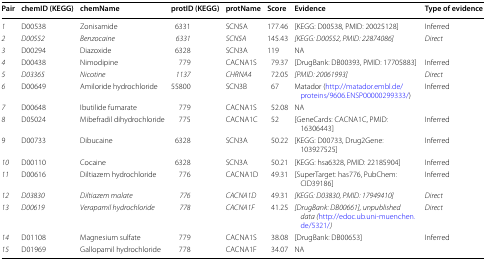
<table><thead><tr><td><b>Pair</b></td><td><b>chemID (KEGG)</b></td><td><b>chemName</b></td><td><b>protID (KEGG)</b></td><td><b>protName</b></td><td><b>Score</b></td><td><b>Evidence</b></td><td><b>Type of evidence</b></td></tr></thead><tbody><tr><td><i>1</i></td><td>D00538</td><td>Zonisamide</td><td>6331</td><td>SCN5A</td><td>177.46</td><td>[KEGG: D00538, PMID: 20025128]</td><td>Inferred</td></tr><tr><td><i>2</i></td><td><i>D00552</i></td><td><i>Benzocaine</i></td><td><i>6331</i></td><td><i>SCN5A</i></td><td>145.43</td><td><i>[KEGG: D00552, PMID: 22874086]</i></td><td><i>Direct</i></td></tr><tr><td><i>3</i></td><td>D00294</td><td>Diazoxide</td><td>6328</td><td>SCN3A</td><td>119</td><td>NA</td><td></td></tr><tr><td><i>4</i></td><td>D00438</td><td>Nimodipine</td><td>779</td><td>CACNA1S</td><td>79.37</td><td>[DrugBank: DB00393, PMID: 17705883]</td><td>Inferred</td></tr><tr><td><i>5</i></td><td><i>D03365</i></td><td><i>Nicotine</i></td><td><i>1137</i></td><td><i>CHRNA4</i></td><td>72.05</td><td><i>[PMID: 20061993]</i></td><td><i>Direct</i></td></tr><tr><td><i>6</i></td><td>D00649</td><td>Amiloride hydrochloride</td><td>55800</td><td>SCN3B</td><td>67</td><td>Matador (http://matador.embl.de/proteins/9606.ENSP00000299333/)</td><td>Inferred</td></tr><tr><td><i>7</i></td><td>D00648</td><td>Ibutilide fumarate</td><td>779</td><td>CACNA1S</td><td>52.08</td><td>NA</td><td></td></tr><tr><td><i>8</i></td><td>D05024</td><td>Mibefradil dihydrochloride</td><td>775</td><td>CACNA1C</td><td>52</td><td>[GeneCards: CACNA1C, PMID: 16306443]</td><td>Inferred</td></tr><tr><td>9</td><td>D00733</td><td>Dibucaine</td><td>6328</td><td>SCN3A</td><td>50.22</td><td>[KEGG: D00733, Drug2Gene: 103927525]</td><td>Inferred</td></tr><tr><td><i>10</i></td><td>D00110</td><td>Cocaine</td><td>6328</td><td>SCN3A</td><td>50.21</td><td>[KEGG: hsa6328, PMID: 22185904]</td><td>Inferred</td></tr><tr><td><i>11</i></td><td>D00616</td><td>Diltiazem hydrochloride</td><td>776</td><td>CACNA1D</td><td>49.31</td><td>[SuperTarget: has776, PubChem: CID39186]</td><td>Inferred</td></tr><tr><td><i>12</i></td><td><i>D03830</i></td><td><i>Diltiazem malate</i></td><td><i>776</i></td><td><i>CACNA1D</i></td><td>49.31</td><td><i>[KEGG: D03830, PMID: 17949410]</i></td><td><i>Direct</i></td></tr><tr><td><i>13</i></td><td><i>D00619</i></td><td><i>Verapamil hydrochloride</i></td><td><i>778</i></td><td><i>CACNA1F</i></td><td>41.25</td><td><i>[DrugBank: DB00661], unpublished data (</i>http://edoc.ub.uni-muenchen.de/5321/<i>)</i></td><td><i>Direct</i></td></tr><tr><td><i>14</i></td><td>D01108</td><td>Magnesium sulfate</td><td>779</td><td>CACNA1S</td><td>38.08</td><td>[DrugBank: DB00653]</td><td>Inferred</td></tr><tr><td><i>15</i></td><td>D01969</td><td>Gallopamil hydrochloride</td><td>778</td><td>CACNA1F</td><td>34.07</td><td>NA</td><td></td></tr></tbody></table>